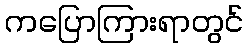
ကပြောကြားရာတွင်